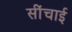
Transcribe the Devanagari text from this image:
सींचाई